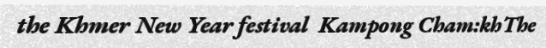
the Khmer New Year festival  Kampong Cham:khThe